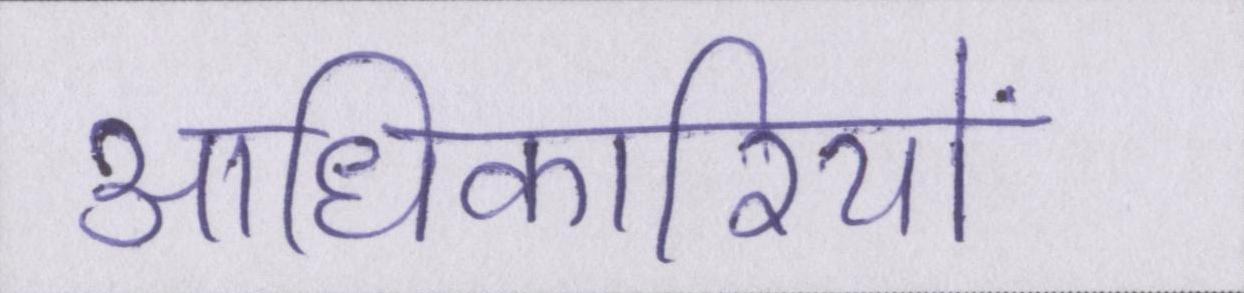
आधिकारियों